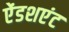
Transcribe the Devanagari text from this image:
ऐंडशएंट